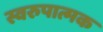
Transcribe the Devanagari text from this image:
स्वरुपात्मक